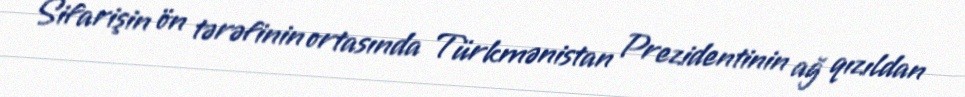
Sifarişin ön tərəfinin ortasında Türkmənistan Prezidentinin ağ qızıldan